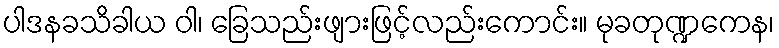
ပါဒနခသိခါယ ဝါ၊ ခြေသည်းဖျားဖြင့်လည်းကောင်း။ မုခတုဏ္ဍကေန၊